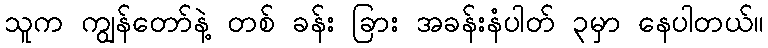
သူက ကျွန်တော်နဲ့ တစ် ခန်း ခြား အခန်းနံပါတ် ၃မှာ နေပါတယ်။